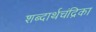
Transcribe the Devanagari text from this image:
शब्दार्थचंद्रिका